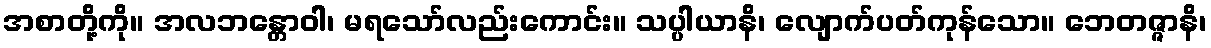
အစာတို့ကို။ အလဘန္တောဝါ၊ မရသော်လည်းကောင်း။ သပ္ပါယာနိ၊ လျောက်ပတ်ကုန်သော။ ဘေတဇ္ဇာနိ၊